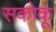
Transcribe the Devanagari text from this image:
सकोकू